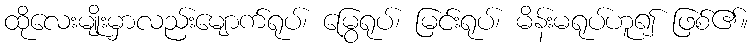
ထိုလေးမျိုးမှာလည်းမျောက်ရုပ်၊ မြွေရုပ်၊ မြင်းရုပ်၊ မိန်းမရုပ်ဟူ၍ ဖြစ်၏။